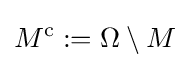
M^{\mathrm {c} }:=\Omega \setminus M